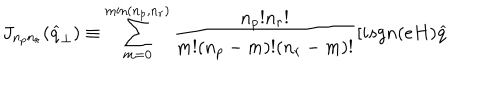
J _ { n _ { p } n _ { r } } ( \widehat { q } _ { \perp } ) \equiv \sum _ { m = 0 } ^ { \min ( n _ { p } , n _ { r } ) } \frac { n _ { p } ! n _ { r } ! } { m ! ( n _ { p } - m ) ! ( n _ { r } - m ) ! } [ i s g n ( e H ) \widehat { q }